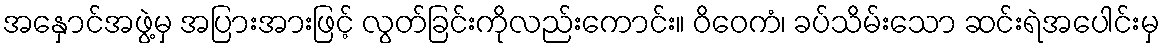
အနှောင်အဖွဲ့မှ အပြားအားဖြင့် လွတ်ခြင်းကိုလည်းကောင်း။ ဝိဝေကံ၊ ခပ်သိမ်းသော ဆင်းရဲအပေါင်းမှ